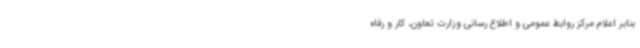
بنابر اعلام مرکز روابط عمومی و اطلاع رسانی وزارت تعاون، کار و رفاه